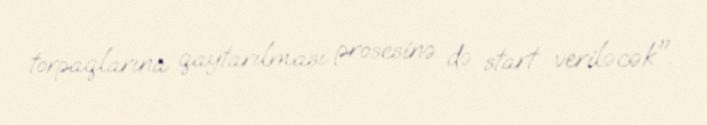
torpaqlarına qaytarılması prosesinə də start veriləcək".